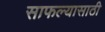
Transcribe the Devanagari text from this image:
साफल्यासाठी